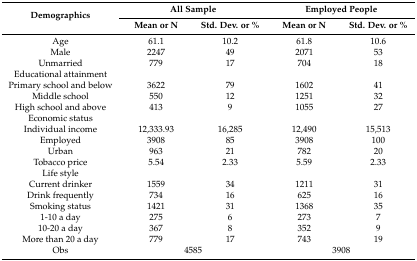
| <ROWSPAN=2> Demographics | <COLSPAN=2> All Sample | <COLSPAN=2> Employed People |
 | Mean or N | Std. Dev. or % | Mean or N | Std. Dev. or % |
 | --- | --- | --- | --- | --- |
 | Age | 61.1 | 10.2 | 61.8 | 10.6 |
 | Male | 2247 | 49 | 2071 | 53 |
 | Unmarried | 779 | 17 | 704 | 18 |
 | Educational attainment |  |  |  |  |
 | Primary school and below | 3622 | 79 | 1602 | 41 |
 | Middle school | 550 | 12 | 1251 | 32 |
 | High school and above | 413 | 9 | 1055 | 27 |
 | Economic status |  |  |  |  |
 | Individual income | 12,333.93 | 16,285 | 12,490 | 15,513 |
 | Employed | 3908 | 85 | 3908 | 100 |
 | Urban | 963 | 21 | 782 | 20 |
 | Tobacco price | 5.54 | 2.33 | 5.59 | 2.33 |
 | Life style |  |  |  |  |
 | Current drinker | 1559 | 34 | 1211 | 31 |
 | Drink frequently | 734 | 16 | 625 | 16 |
 | Smoking status | 1421 | 31 | 1368 | 35 |
 | 1-10 a day | 275 | 6 | 273 | 7 |
 | 10-20 a day | 367 | 8 | 352 | 9 |
 | More than 20 a day | 779 | 17 | 743 | 19 |
 | Obs | <COLSPAN=2> 4585 | <COLSPAN=2> 3908 |